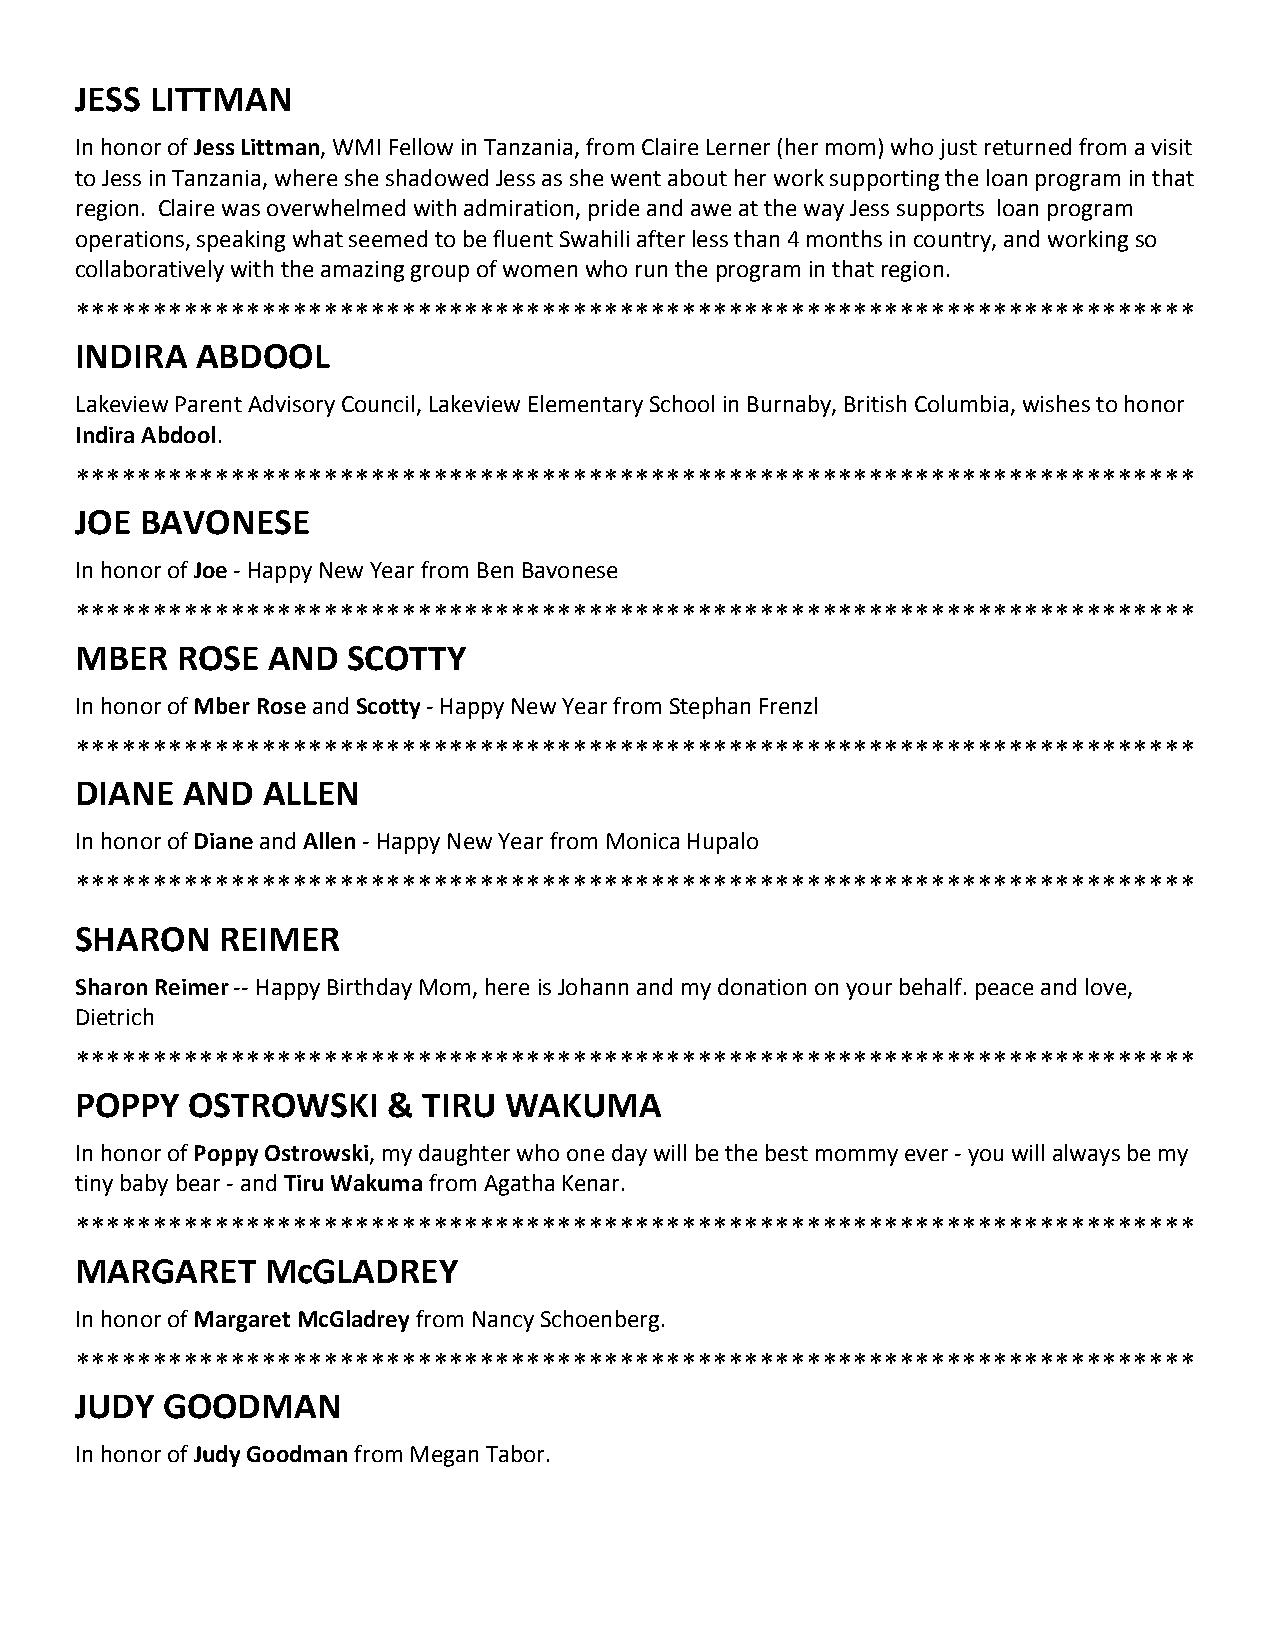
JESS LITTMAN
 In honor of Jess Littman, WMI Fellow in Tanzania, from Claire Lerner (her mom) who just returned from a visit
 to Jess in Tanzania, where she shadowed Jess as she went about her work supporting the loan program in that
 region. Claire was overwhelmed with admiration, pride and awe at the way Jess supports loan program
 operations, speaking what seemed to be fluent Swahili after less than 4 months in country, and working so
 collaboratively with the amazing group of women who run the program in that region.
 ************************************************************************
 INDIRA  ABDOOL
 Lakeview Parent Advisory Council, Lakeview Elementary School in Burnaby, British Columbia, wishes to honor
 Indira Abdool.
 ************************************************************************
 JOE BAVONESE
 In honor of Joe ‐ Happy New Year from Ben Bavonese
 ************************************************************************
 MBER   ROSE  AND  SCOTTY
 In honor of Mber Rose and Scotty ‐ Happy New Year from Stephan Frenzl
 ************************************************************************
 DIANE  AND  ALLEN
 In honor of Diane and Allen ‐ Happy New Year from Monica Hupalo
 ************************************************************************
 SHARON   REIMER
 Sharon Reimer ‐‐ Happy Birthday Mom, here is Johann and my donation on your behalf. peace and love,
 Dietrich
 ************************************************************************
 POPPY  OSTROWSKI     & TIRU WAKUMA
 In honor of Poppy Ostrowski, my daughter who one day will be the best mommy ever ‐ you will always be my
 tiny baby bear ‐ and Tiru Wakuma from Agatha Kenar.
 ************************************************************************
 MARGARET     McGLADREY
 In honor of Margaret McGladrey from Nancy Schoenberg.
 ************************************************************************
 JUDY  GOODMAN
 In honor of Judy Goodman from Megan Tabor.